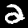
Digit: 2